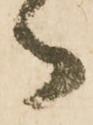
御